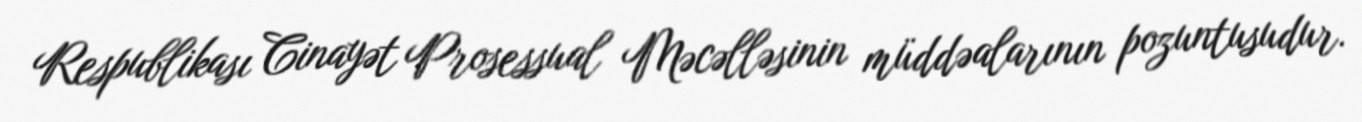
Respublikası Cinayət Prosessual Məcəlləsinin müddəalarının pozuntusudur.